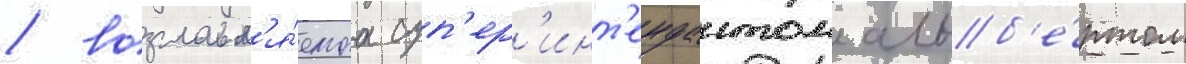
/ возглавл'я́емаа суп'ер'инт'ендантом альб'е́ртом